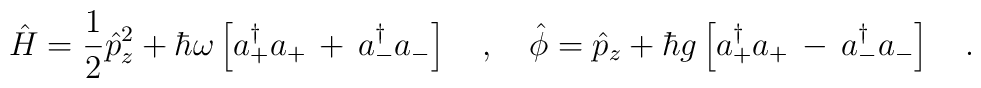
\hat{H}=\frac{1}{2}\hat{p}^2_z+\hbar\omega\left[a_+^\dagger a_+\,+\,a_-^\dagger a_-\right]\ \ \ ,\ \ \ \hat{\phi}=\hat{p}_z+\hbar g\left[a_+^\dagger a_+\,-\,a_-^\dagger a_-\right]\ \ \ .